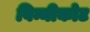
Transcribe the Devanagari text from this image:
विन्नीकोट